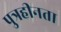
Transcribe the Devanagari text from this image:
पुत्रहीनता